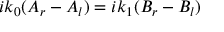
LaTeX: i k _ { 0 } ( A _ { r } - A _ { l } ) = i k _ { 1 } ( B _ { r } - B _ { l } )